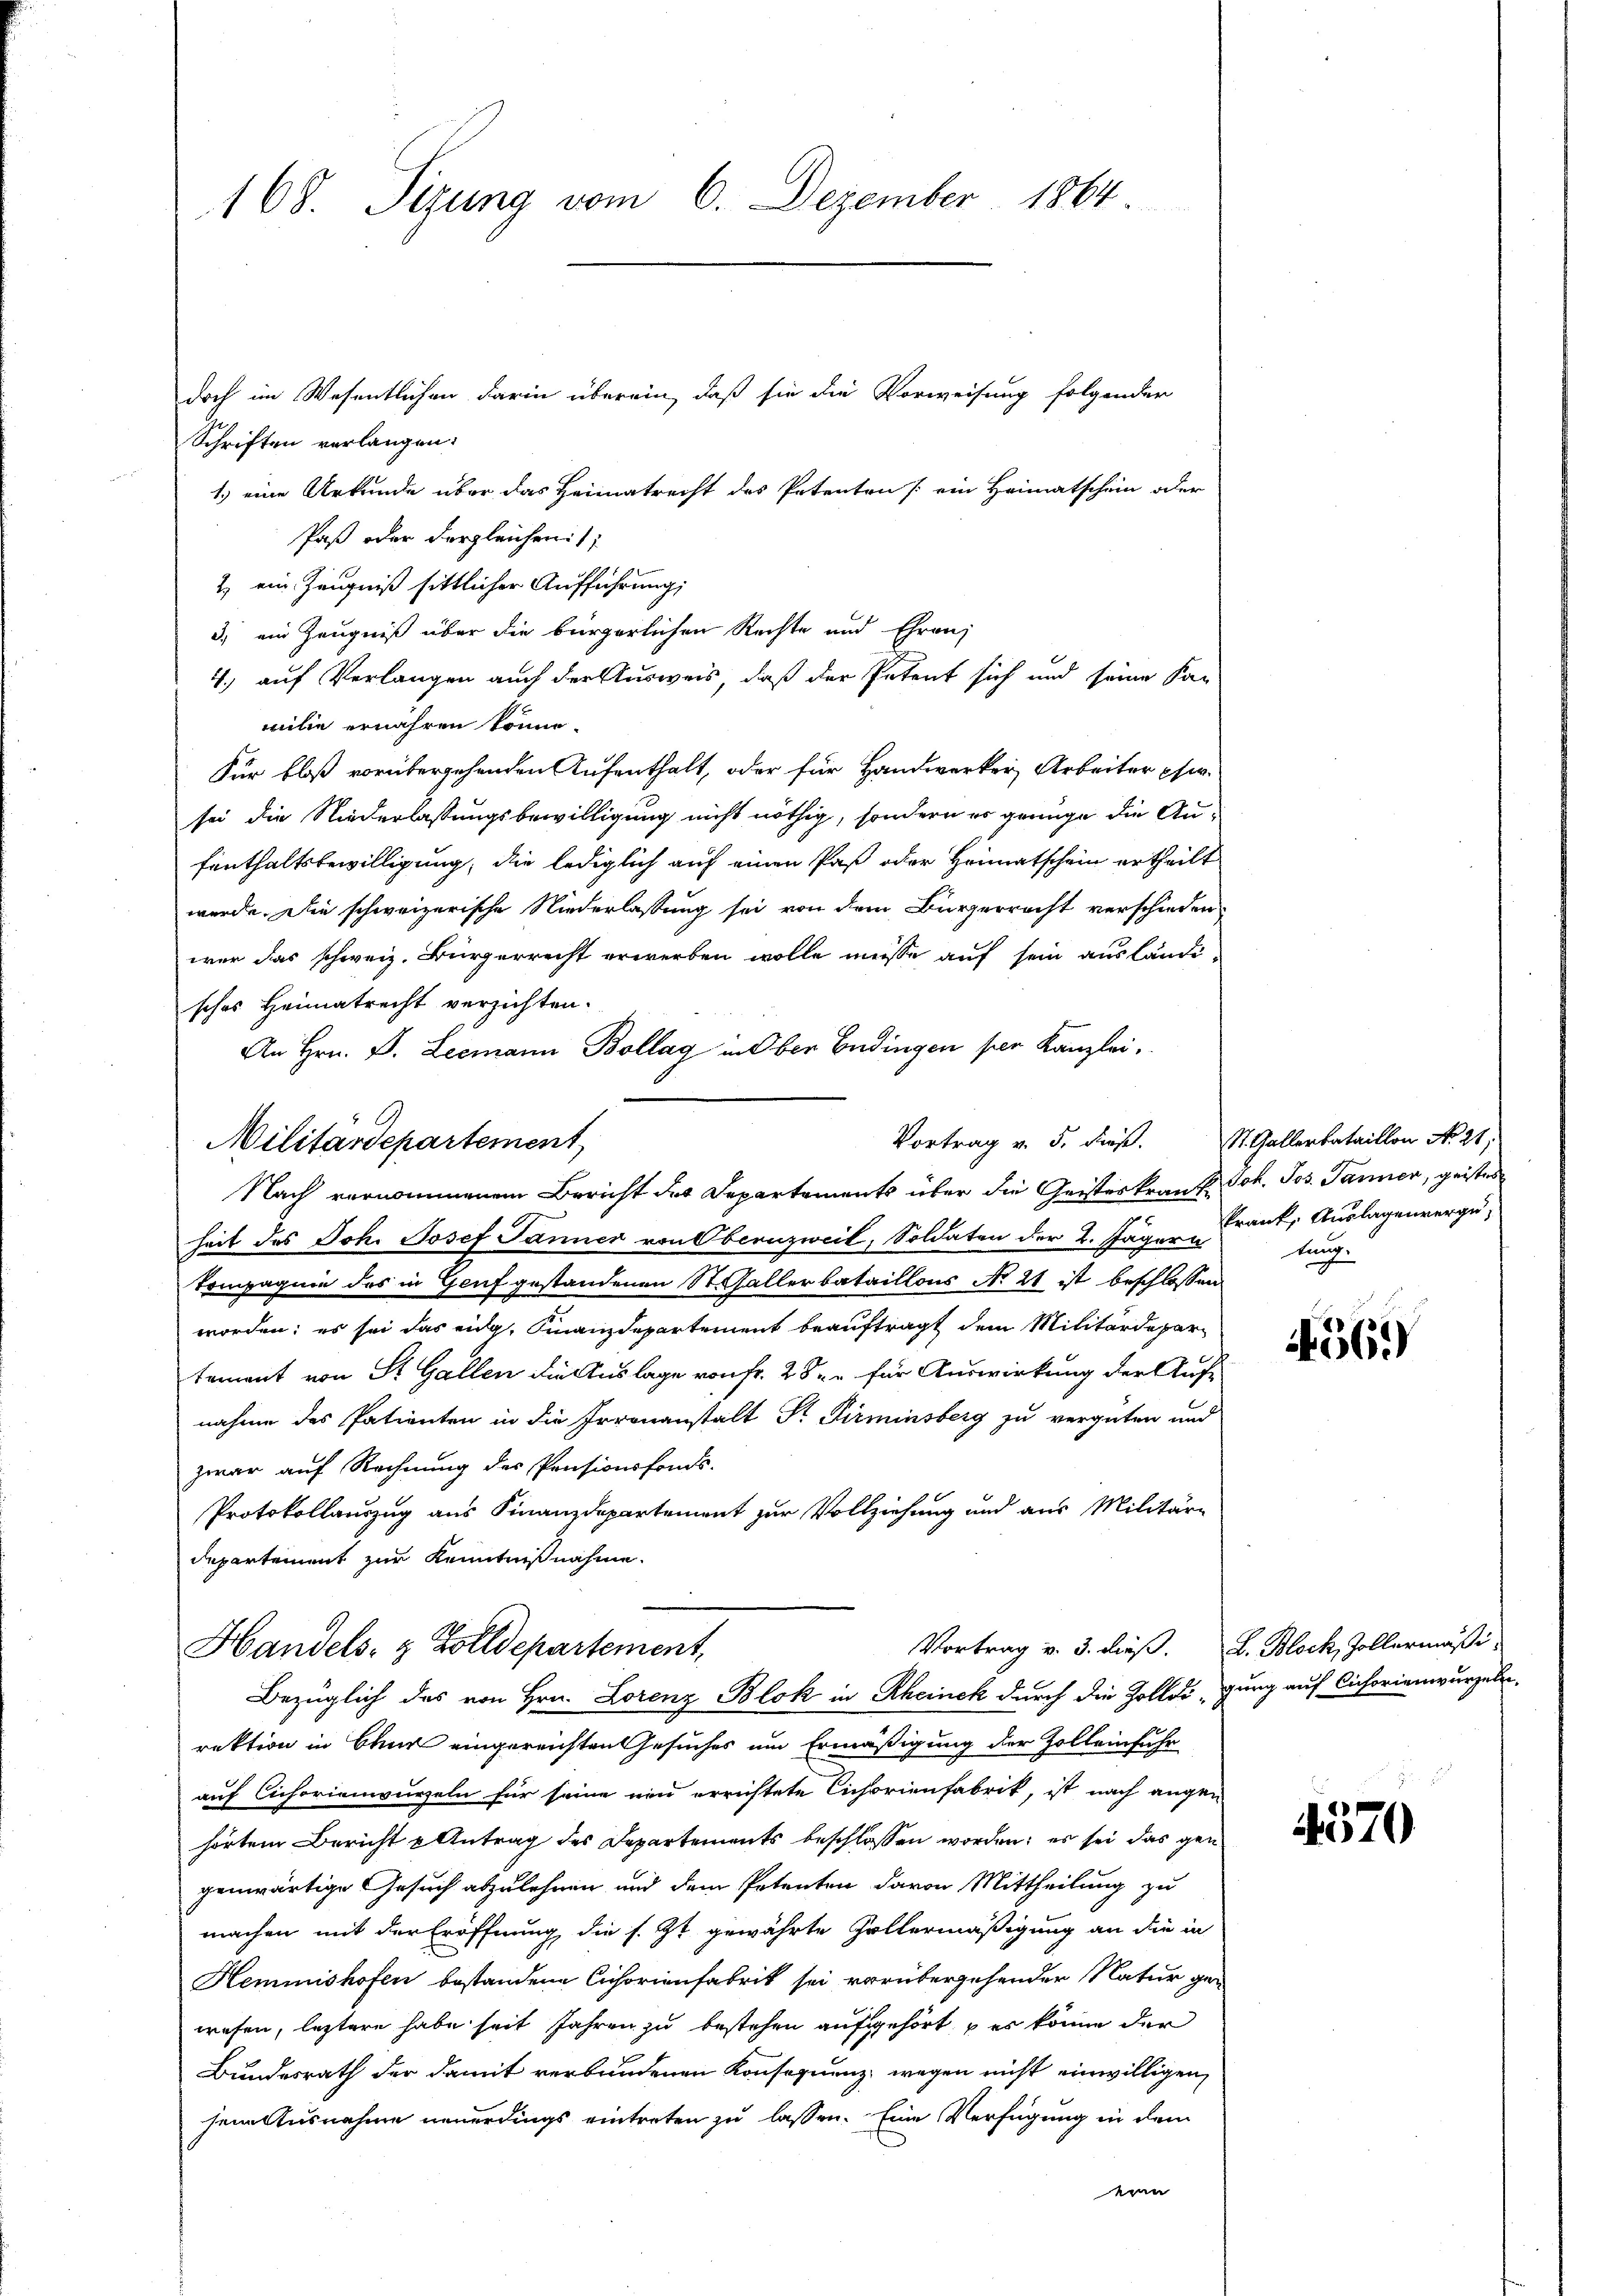
168. Sizung vom 6. Dezember 1864.

doch im Wesentlichen darin überein, daß sie die Vorweisung folgender
Schriften verlangen:
1.) eine Urkunde über das Heimatrecht des Petenten (ein Heimatschein oder
Paß oder dergleichen
2. ein Zeugniß sittlicher Aufführung;
3) ein Zeugniß über die bürgerlichen Rechte und Ehren,
4.) auf Verlangen auch der Ausweis, daß der Petent sich und seine San
milie ernähren könne.
Für bloß vorübergehenden Aufenthalt, oder für Handwerker Arbeiter phi-
sei die Niederlassungsbewilligung nicht nöthig, sondern es genüge die Au-
fenthaltsbewilligung, die lediglich auf einen Paß oder Heimatschein ertheilt
werde. Die schweizerische Niederlassung sei von dem Bürgerrecht verschieden
wer das schweiz. Bürgerrecht erwerben wolle müsse auf sein ausländisches Heimatrecht verzichten.
An Hrn. P. Leemann Bollag in Ober Endingen per Kanzlei.
Vortrag v. 5. dieß. St. Gallerbataillon No 21;
Militärdepartement
Nach vernommenem Bericht der Departements über die Geisterkrankt. Joh. Jos. Janner, geistes
heit des Joh. Josef Jänner von Obernzweil, Soldaten der 2. Jäger Frank, Auslagenverge-
kompagnie des in Genf gestandenen St. Gallerbataillons No 21 ist beschlossen
worden; es sei das eidg. Finanzdepartement beauftragt dem Militärdepar
tement von St. Gallen die Auslage von Fr. 282 für Auswirkung der Aufnahme des Patienten in die Irrenanstalt Dr. Pirminsberg zu vergüten und
zwar auf Rechnung der Pensionsfonds.
Protokollauszug aus Finanzdepartement zur Vollziehung und aus Militär-
departement zur Kenntnißnahme.

Handels- & Zolldepartement,
Bezüglich des von Hrn. Lorenz Blok in Rheinek durch die Zolldigung auf Cicforienwurzeln.

Vortrag v. 3. dieß. L. Block, Zollermässi

tung.

rektion in Chur eingereichten Gesuches um Ermäßigung der Zolleinfuhr
auf Cichorienwurzeln für seine neu errichtete Cichorienfabrik, ist nach angen
hörten Bericht u Antrag des Departements beschlossen worden; es sei das gen
genwärtige Gesuch abzulehnen und dem Petenten davon Mittheilung zu
machen mit der Eröffnung, die s. Zt. gewährte Gallermäßigung an die in
Hemmnishofen bestandene Cichorienfabrik sei vorübergehender Natur gewesen, leztere habe seit Jahren zu bestehen aufgehört, es könne der
Bundesrath der damit verbundenen Konsequenz, wegen nicht einwilligen,
hene Ausnahme neuerdings eintreten zu lassen. Eine Verfügung in dem
erin

456.

4570